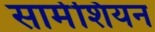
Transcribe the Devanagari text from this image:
सार्मेशियन